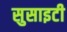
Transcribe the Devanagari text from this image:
सुसाइटी